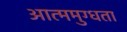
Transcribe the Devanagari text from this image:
आत्ममुग्धता